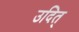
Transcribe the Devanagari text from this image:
उदित्